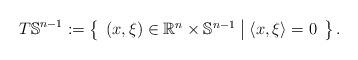
LaTeX: \begin{align*}T \mathbb{S}^{n-1} := \begin{Bmatrix}\begin{array}{l|l} (x,\xi) \in \mathbb{R}^{n} \times \mathbb{S}^{n-1} & \langle x,\xi \rangle = 0 \end{array}\end{Bmatrix}.\end{align*}